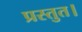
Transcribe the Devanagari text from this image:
प्रस्तुत।